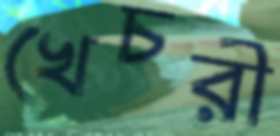
খেচরী